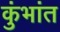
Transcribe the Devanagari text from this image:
कुंभांत